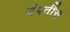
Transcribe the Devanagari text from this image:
दंपतींस